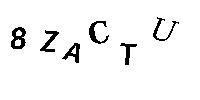
8ZACTU